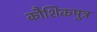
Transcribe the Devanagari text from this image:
कौशिकपुत्र